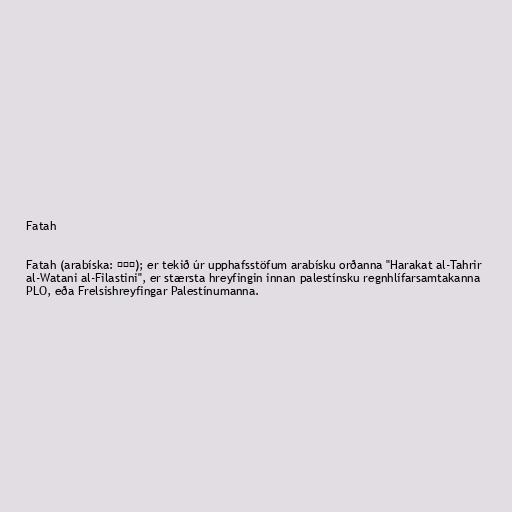
Fatah

Fatah (arabíska: فتح); er tekið úr upphafsstöfum arabísku orðanna "Harakat al-Tahrir
al-Watani al-Filastini", er stærsta hreyfingin innan palestínsku regnhlífarsamtakanna
PLO, eða Frelsishreyfingar Palestínumanna.